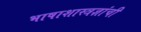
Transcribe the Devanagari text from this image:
भाषाशास्त्रज्ञांची